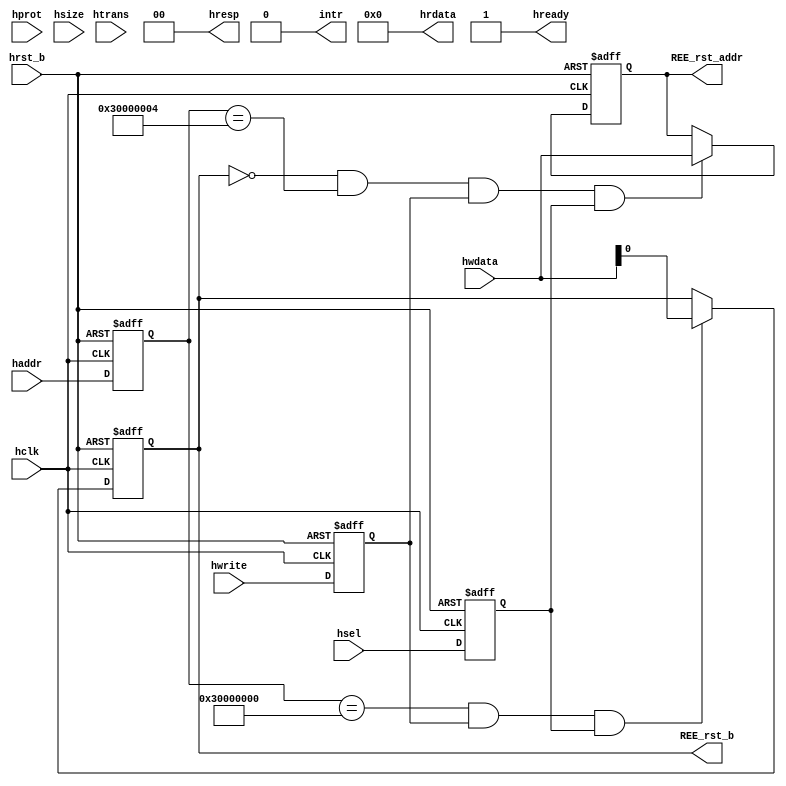
`timescale 1ns / 1ps
//////////////////////////////////////////////////////////////////////////////////
// Company: 
// Engineer: 
// 
// Design Name: 
// Module Name: s5_ahb_dummy_top
// Project Name: 
// Target Devices: 
// Tool Versions: 
// Description: 
// 
// Dependencies: 
// 
// Revision:
// Revision 0.01 - File Created
// Additional Comments:
// 
//////////////////////////////////////////////////////////////////////////////////


// slave 5 range for REE rst_b and rst_addr
// slave 5 range for REE rst_b and rst_addr
module s5_ahb_dummy_top(
  haddr,
  hclk,
  hprot,
  hrdata,
  hready,
  hresp,
  hrst_b,
  hsel,
  hsize,
  htrans,
  hwdata,
  hwrite,
  intr,

  //new 0517
  REE_rst_b,
  REE_rst_addr
);
//new 0517
output reg REE_rst_b;
output reg [31:0] REE_rst_addr;
 
input   [31:0]  haddr;        
input           hclk;         
input   [3 :0]  hprot;        
input           hrst_b;       
input           hsel;         
input   [2 :0]  hsize;        
input   [1 :0]  htrans;       
input   [31:0]  hwdata;       
input           hwrite;       
output  [31:0]  hrdata;       
output          hready;  
output  [1 :0]  hresp;    
output		intr;    
wire  [31:0]  hrdata;       
wire          hready;  
wire  [1 :0]  hresp;    
wire          intr;
assign hrdata[31:0] = 32'b0;       
assign hready = 1'b1;  
assign hresp[1:0] = 2'b0;    
assign intr = 1'b0;     

reg [31:0] haddr_ff;
reg hwrite_ff;
reg hsel_ff;

always @(posedge hclk or negedge hrst_b) begin
    if (!hrst_b) begin
        haddr_ff <= 32'd0;
        hwrite_ff <= 1'b0;
        hsel_ff <= 1'b0;
    end
    else begin
        haddr_ff  <= haddr;
        hwrite_ff <= hwrite;
        hsel_ff   <= hsel;
    end
end


always @(posedge hclk or negedge hrst_b) begin
    if (!hrst_b) begin
        REE_rst_b <= 1'b0;
    end
    else if ((haddr_ff == 32'h3000_0000) && hwrite_ff && hsel_ff) begin
        REE_rst_b <= hwdata[0];
    end
    else begin
        REE_rst_b <= REE_rst_b;
    end
end

always @(posedge hclk or negedge hrst_b) begin
    if (!hrst_b) begin
        REE_rst_addr <= 32'd0;
    end
    else if (~REE_rst_b && (haddr_ff == 32'h3000_0004) && hwrite_ff && hsel_ff) begin
        REE_rst_addr <= hwdata;
    end
    else begin
        REE_rst_addr <= REE_rst_addr;
    end
end

endmodule